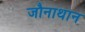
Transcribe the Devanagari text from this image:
जौनाथान